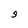
Character: S